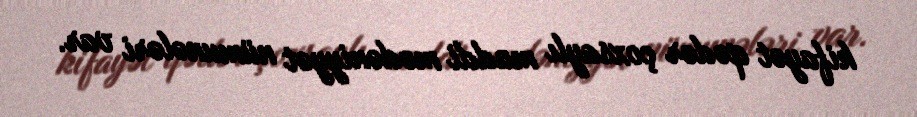
kifayət qədər çoxsaylı maddi mədəniyyət nümunələri var.